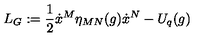
L _ { G } : = \frac { 1 } { 2 } \dot { x } ^ { M } \eta _ { M N } ( g ) \dot { x } ^ { N } - U _ { q } ( g )